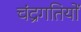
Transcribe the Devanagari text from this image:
चंद्रगतियों